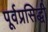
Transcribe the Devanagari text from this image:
पूर्वप्रसिद्धी